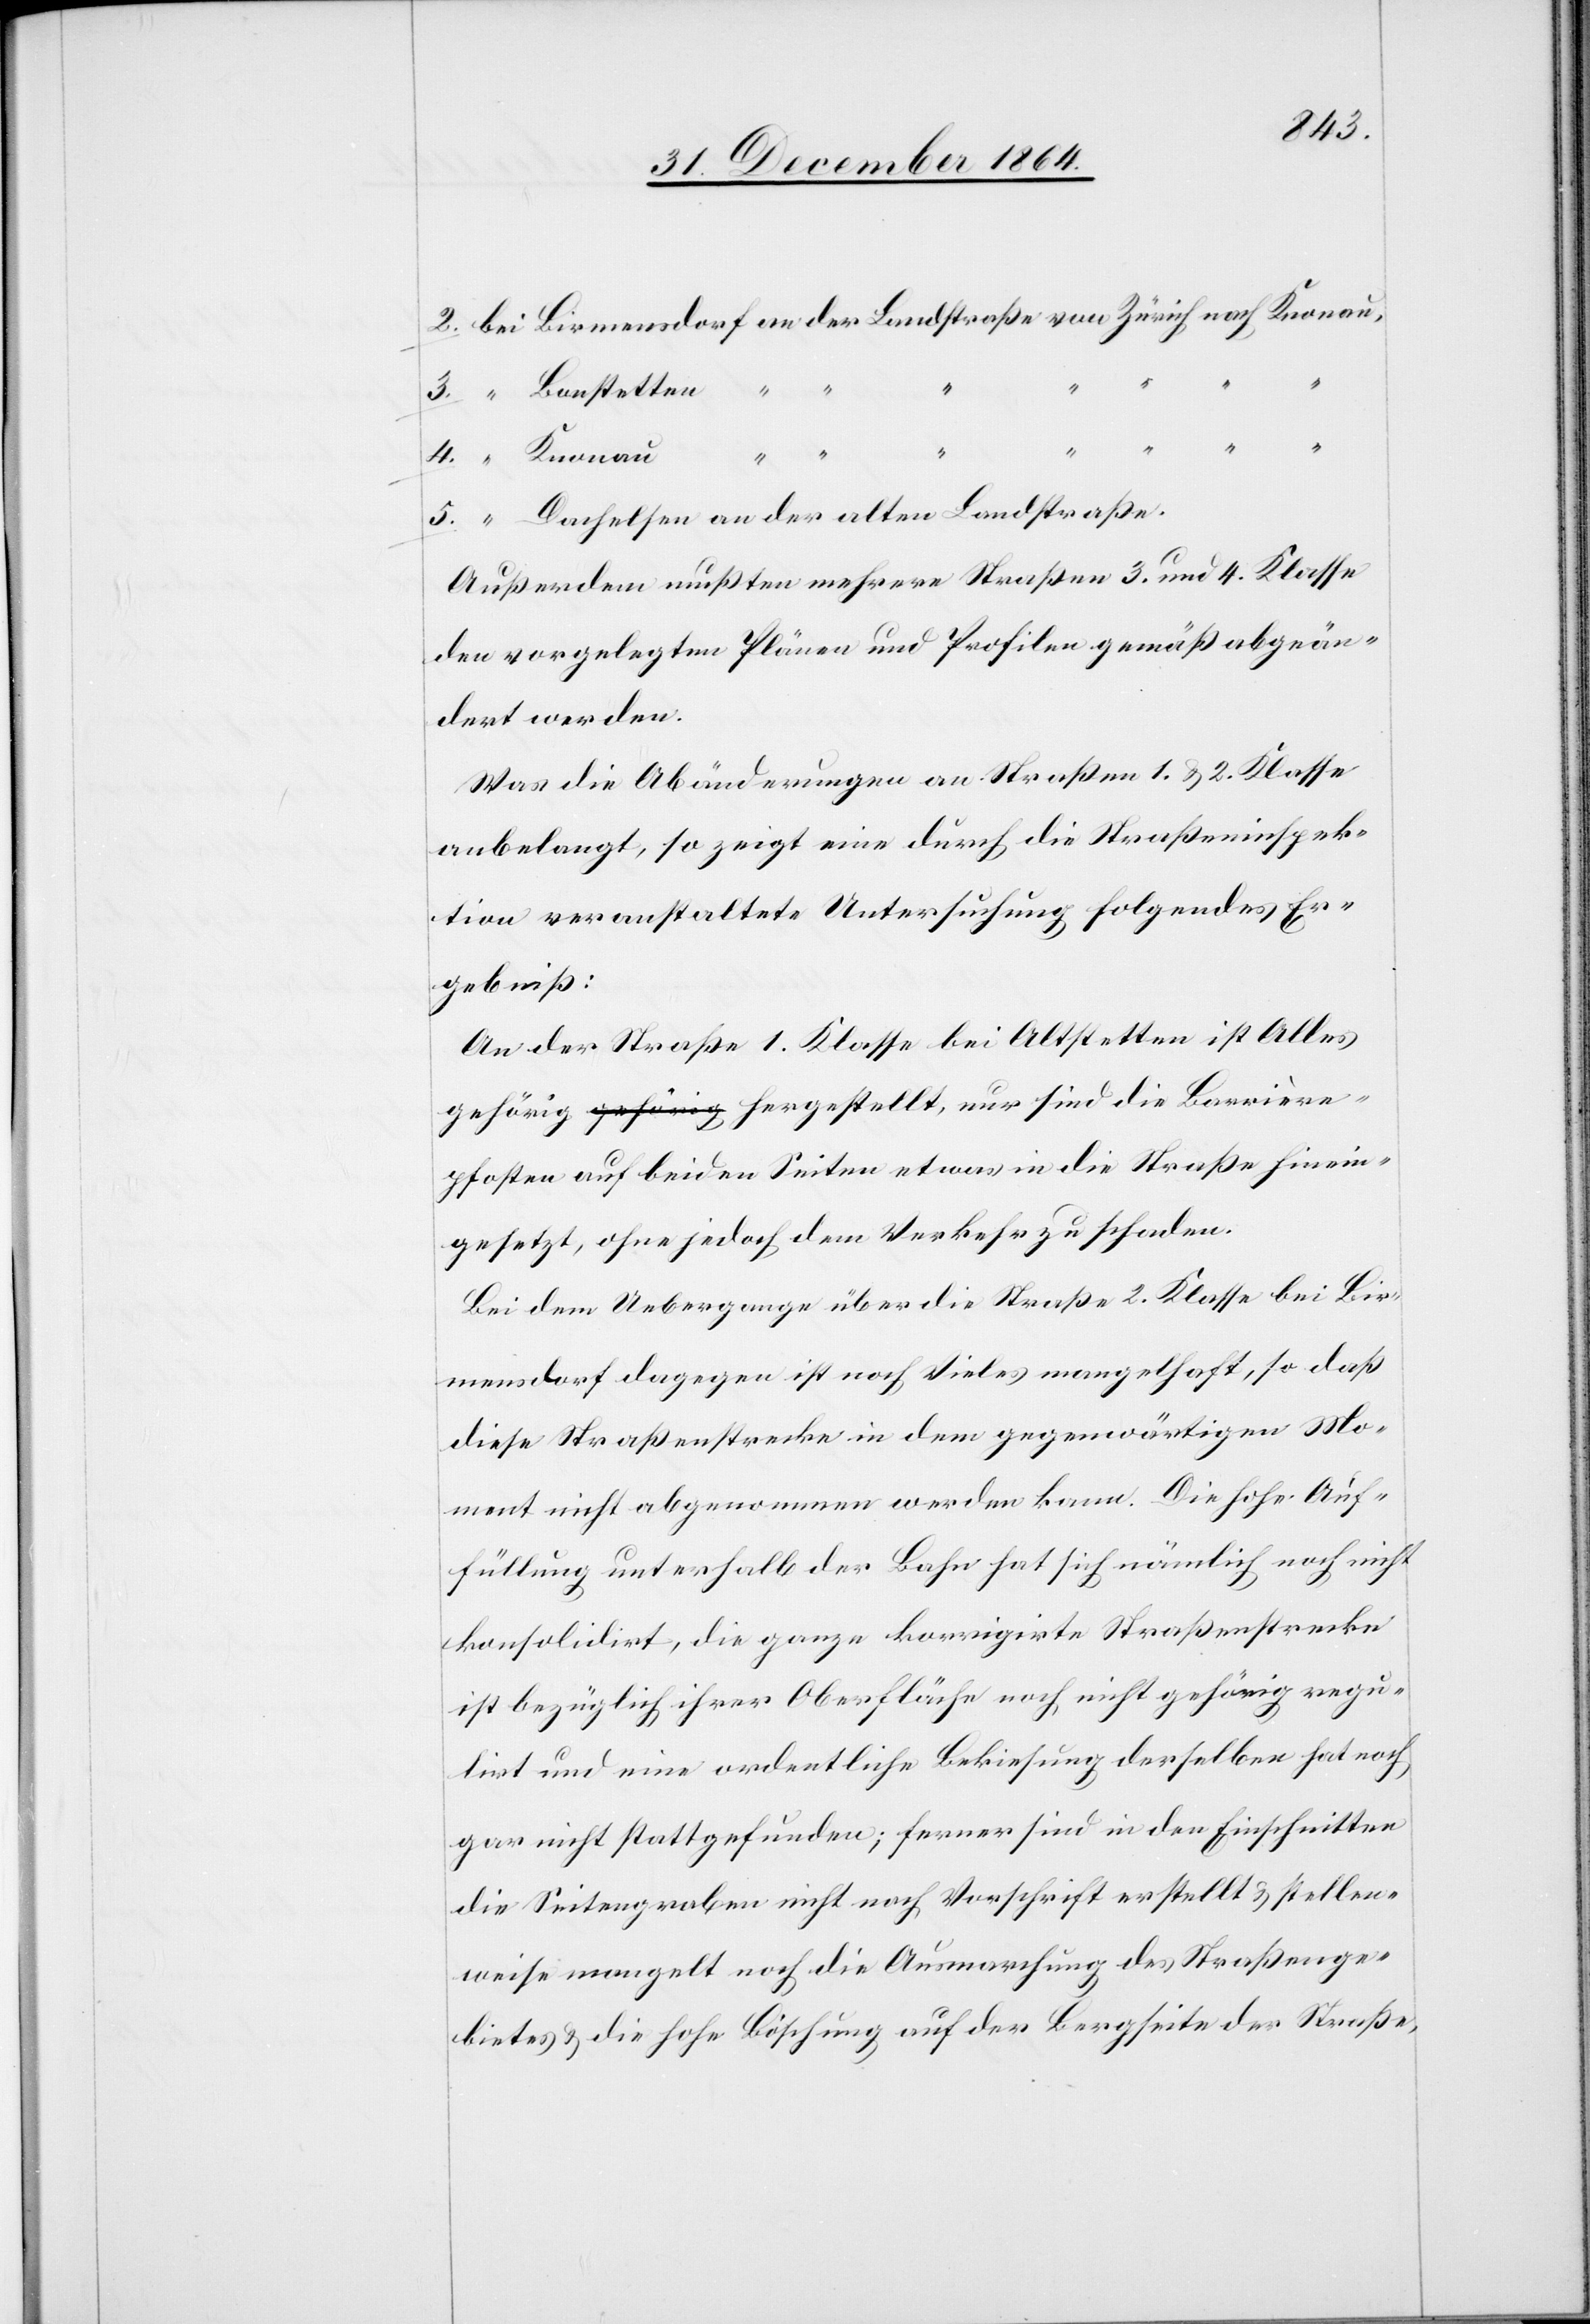
traße.
4.
5.
Außerdem mußten mehrere Straßen 3. und 4. Klasse
den vorgelegten Plänen und Profilen gemäß abgeän¬
dert werden.
Was die Abänderungen an Straßen 1. & 2. Klasse
anbelangt, so zeigt eine durch die Straßeninspek¬
tion veranstaltete Untersuchung folgendes Er¬
gebniß:
An der Straße 1. Klasse bei Altstetten ist Alles
gehörig a-gehörig-a hergestellt, nur sind die Barrière¬
pfosten auf beiden Seiten etwas in die Straße hinein¬
gesetzt, ohne jedoch dem Verkehr zu schaden.
Bei dem Uebergange über die Straße 2. Klasse bei Bir¬
mensdorf dagegen ist noch Vieles mangelhaft, so daß
diese Straßenstrecke in dem gegenwärtigen Mo¬
ment nicht abgenommen werden kann. Die hohe Auf¬
füllung unterhalb der Bahn hat sich nämlich noch nicht
konsolidirt, die ganze korrigirte Straßenstrecke
ist bezüglich ihrer Oberfläche noch nicht gehörig regu¬
lirt und eine ordentliche Bekiesung derselben hat noch
gar nicht stattgefunden; ferner sind in den Einschnitten
die Seitengraben nicht nach Vorschrift des Straßengebie¬
tes & die hohe Böschung auf der Bergseite der Straße,